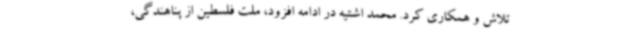
تلاش و همکاری کرد. محمد اشتیه در ادامه افزود، ملت فلسطین از پناهندگی،